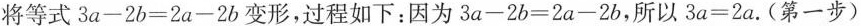
将等式$$3 a - 2 b = 2 a - 2 b$$变形，过程如下：因为$$3 a - 2 b = 2 a - 2 b$$，所以$$3 a = 2 a$$.(第一步)